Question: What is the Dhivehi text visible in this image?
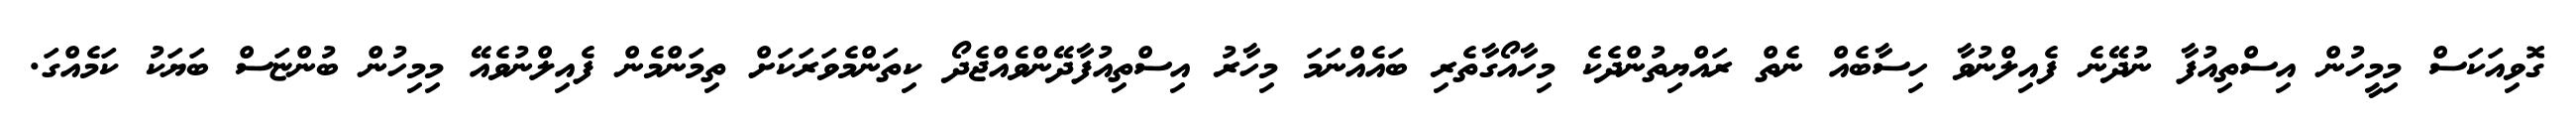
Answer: ގޮވިއަކަސް މިމީހުން އިސްތިއުފާ ނުދޭނެ ފެއިލްނުވާ ހިސާބެއް ނެތް ރައްޔިތުންދެކެ މިހާއޯގާތެރި ބައެއްނަމަ މިހާރު އިސްތިއުފާދޭންވެއްޖެދޯ ކިތަންމެވަރަކަށް ތިމަންމެން ފެއިލްނުވެއޭ މިމިހުން ބުންޏަސް ބަޔަކު ކަމެއްގަ.